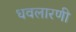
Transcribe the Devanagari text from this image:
धवलारणी